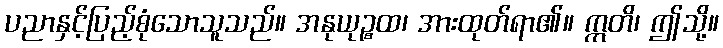
ပညာနှင့်ပြည့်စုံသောသူသည်။ အနုယုဉ္စထ၊ အားထုတ်ရာ၏။ ဣတိ၊ ဤသို့။